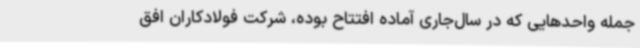
جمله واحدهایی که در سال‌جاری آماده افتتاح بوده، شرکت فولادکاران افق